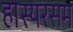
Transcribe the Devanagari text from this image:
हास्यरसम